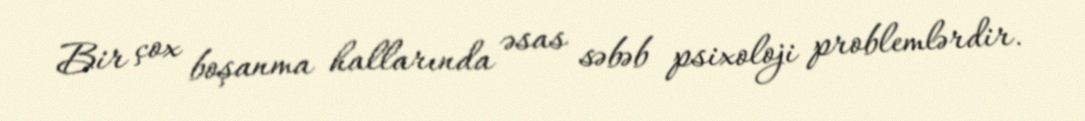
Bir çox boşanma hallarında əsas səbəb psixoloji problemlərdir.